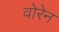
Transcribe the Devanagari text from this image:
वोरेन